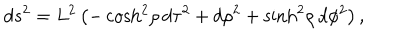
LaTeX: d s ^ { 2 } = L ^ { 2 } \left( - \cosh ^ { 2 } \! \rho \, d \tau ^ { 2 } + d \rho ^ { 2 } + \sinh ^ { 2 } \! \rho \, d \phi ^ { 2 } \right) ,